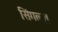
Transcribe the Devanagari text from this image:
सिंगल्ज़